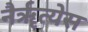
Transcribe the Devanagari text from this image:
नैर्ॠत्येस